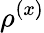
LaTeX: \rho^{(x)}